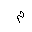
Letter: _mim